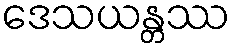
ဒေသယန္တဿ